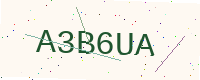
Text: A3B6UA